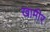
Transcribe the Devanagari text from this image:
खामीर